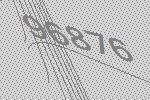
96876